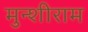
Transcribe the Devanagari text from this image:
मुन्शीराम